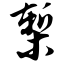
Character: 椠